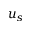
u _ { s }